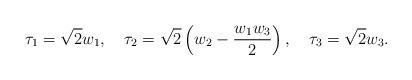
LaTeX: \begin{align*}\tau_1 = \sqrt{2}w_1,\quad \tau_2 = \sqrt{2}\left(w_2 - \frac{w_1 w_3}{2}\right), \quad \tau_3 = \sqrt{2}w_3 .\end{align*}